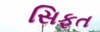
સિફત